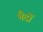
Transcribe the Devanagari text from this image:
भैदों